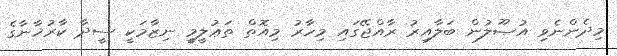
މިދެންނެވި އުޞޫލުން ބަލާއިރު ރާއްޖޭގައި މިހާރު މިއޮތް ތަޢުލީމީ ނިޒާމަކީ ސީދާ ކާރުޚާނާގެ